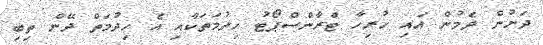
ދަށުން ދެމުން އައި ހުރިހާ ޓްރާންސްޕޯޓު ހިދުމަތަކާއި އެ ހިދުމަތް ދޭން ތިބި